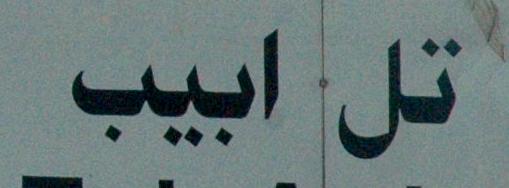
تل ابيب